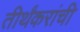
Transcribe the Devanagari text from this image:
तीर्थंकरांची